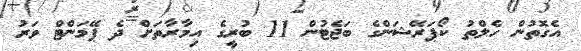
އެގޮތުން ހެލްތު ކޯޕަރޭޝަންގެ ބަޖެޓުން 11 ބުރީގެ އިމާރާތަށް ދެ ޕޭމަންޓް ވަރު